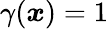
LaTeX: \gamma(\boldsymbol{x})=1